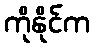
ကိုနိုင်က